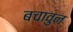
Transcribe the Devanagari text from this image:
बचावुन